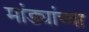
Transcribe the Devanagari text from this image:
मांड्यांच्या